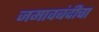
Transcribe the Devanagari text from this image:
जमावबंदीचा